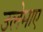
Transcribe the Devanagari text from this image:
उलेमाए